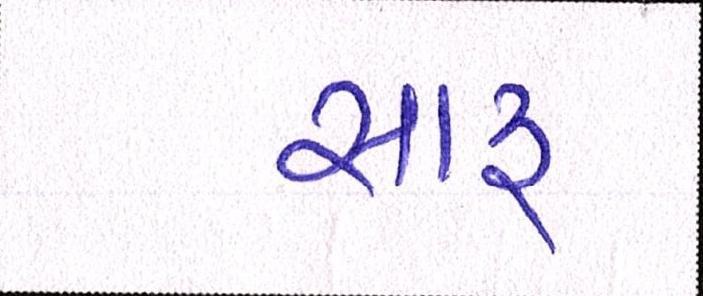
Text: સારુ